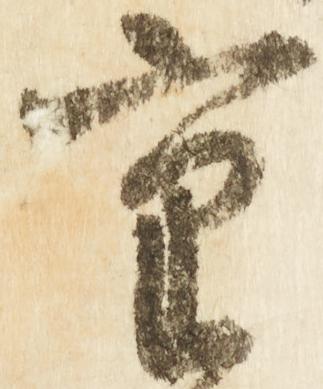
重